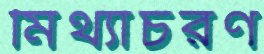
মিথ্যাচরণ